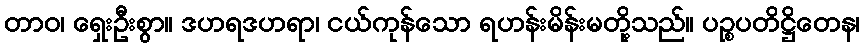
တာဝ၊ ရှေးဦးစွာ။ ဒဟရဒဟရာ၊ ငယ်ကုန်သော ရဟန်းမိန်းမတို့သည်။ ပဉ္စပတိဋ္ဌိတေန၊